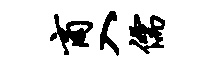
商入儒